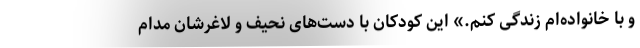
و با خانواده‌ام زندگی کنم.» این کودکان با دست‌های نحیف و لاغرشان مدام